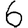
Digit: 6